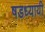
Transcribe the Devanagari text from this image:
षडध्यायी